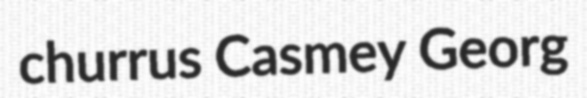
churrus Casmey Georg